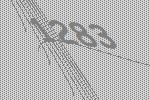
1283